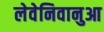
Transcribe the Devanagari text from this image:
लेवेनिवानुआ